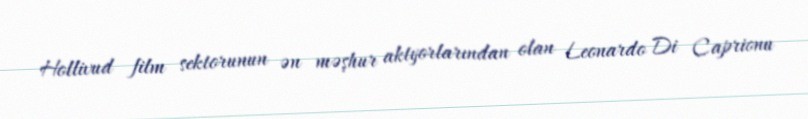
Hollivud film sektorunun ən məşhur aktyorlarından olan Leonardo Di Caprionu